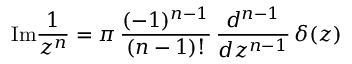
\mathrm { I m } { \frac { 1 } { z ^ { n } } } = \pi \, { \frac { ( - 1 ) ^ { n - 1 } } { ( n - 1 ) ! } } \, { \frac { d ^ { n - 1 } } { d z ^ { n - 1 } } } \, \delta ( z )